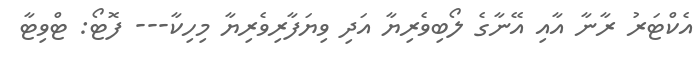
އެކްޓަރު ރާނާ އާއި އޭނާގެ ލޯބިވެރިޔާ އަދި ވިޔަފާރިވެރިޔާ މިހިކާ--- ފޮޓޯ: ޓްވިޓާ